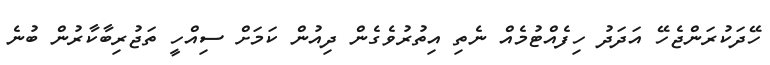
ހޭދަކުރަންޖެހޭ އަދަދު ހިފެއްޓުމެއް ނެތި އިތުރުވެގެން ދިއުން ކަމަށް ސިއްހީ ތަޖުރިބާކާރުން ބުނެ